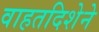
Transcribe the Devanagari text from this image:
वाहतदिशेने